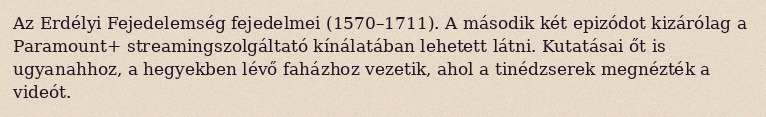
Az Erdélyi Fejedelemség fejedelmei (1570–1711). A második két epizódot kizárólag a Paramount+ streamingszolgáltató kínálatában lehetett látni. Kutatásai őt is ugyanahhoz, a hegyekben lévő faházhoz vezetik, ahol a tinédzserek megnézték a videót.